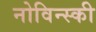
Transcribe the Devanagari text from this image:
नोविन्स्की